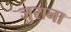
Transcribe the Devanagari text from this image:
जुराना